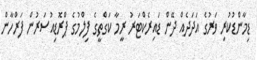
ޑިމާންޑުކުރި ވަރުގެ އަދަދެއް ދޭން ޑައިރެކްޓަރު ރީމާ ކަގްތީގެ ފިލްމުގެ ޕްރޮޑިއުސަރުން ފަރްހާން